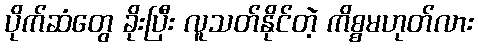
ပိုက်ဆံတွေ ခိုးပြီး လူသတ်နိုင်တဲ့ ကိစ္စမဟုတ်လား